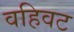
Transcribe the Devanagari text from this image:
वहिवट